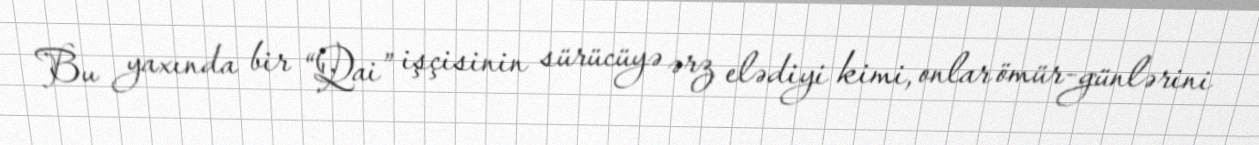
Bu yaxında bir “Qai” işçisinin sürücüyə ərz elədiyi kimi, onlar ömür-günlərini